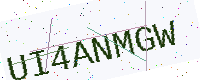
Text: UI4ANMGW